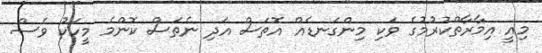
މިއީ އިމާރާތްކުރުމުގެ ވަކި މިންގަނޑެއް އޮތަސް އަދި ނެތަސް ކޮންމެ މީހަކު ވެސް